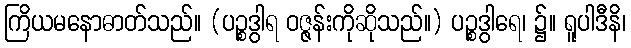
ကြိယမနောဓာတ်သည်။ (ပဉ္စဒွါရ ဝဇ္ဇန်းကိုဆိုသည်။) ပဉ္စဒွါရေ၊ ၌။ ရူပါဒီနိ၊